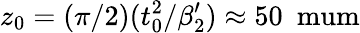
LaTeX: z_{0}=(\pi/2)(t_{0}^{2}/{\beta_{2}^{\prime}})\approx 50~\mathrm{\ mum}